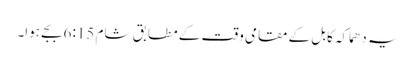
یہ دھماکہ کابل کے مقامی وقت کے مطابق شام 6:15 بجے ہوا۔